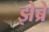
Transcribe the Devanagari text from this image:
झेब्रे